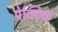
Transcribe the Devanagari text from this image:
पेक्टिक